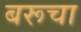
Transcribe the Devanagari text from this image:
बरूचा